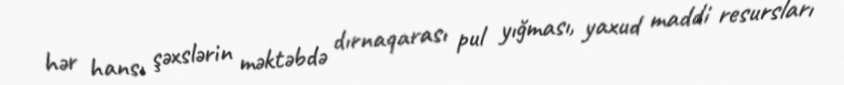
hər hansı şəxslərin məktəbdə dırnaqarası pul yığması, yaxud maddi resursları